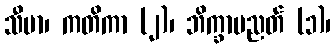
သီမာ၊ ကတိကာ (၂)၊ ဘိက္ခာပညတ် (၁)၊